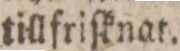
tillfriſknat.